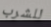
للشرب